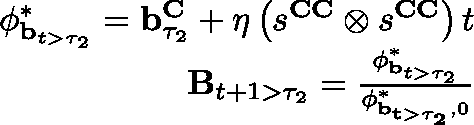
\begin{array} { r } { \mathbf { \phi } _ { \mathbf { b } _ { t > \tau _ { 2 } } } ^ { * } = \mathbf { b } _ { \tau _ { 2 } } ^ { \mathbf { C } } + \eta \left( s ^ { \mathbf { C C } } \otimes s ^ { \mathbf { C C } } \right) t } \\ { \mathbf { B } _ { t + 1 > \tau _ { 2 } } = \frac { \mathbf { \phi } _ { \mathbf { b } _ { t > \tau _ { 2 } } } ^ { * } } { \mathbf { \phi } _ { \mathbf { { b } _ { t > \tau _ { 2 } } } , 0 } ^ { * } } } \end{array}